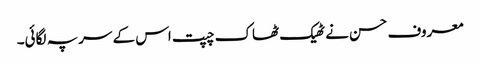
معروف حسن نے ٹھیک ٹھاک چپت اس کے سر پہ لگائی۔